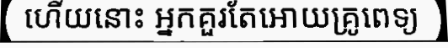
ហើយនោះ អ្នកគួរតែអោយគ្រូពេទ្យ